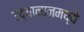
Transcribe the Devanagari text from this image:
उद्यानानमध्ये